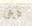
ديفي